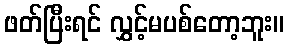
ဖတ်ပြီးရင် လွှင့်မပစ်တော့ဘူး။